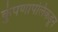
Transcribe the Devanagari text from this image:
कुंपणापलिकडून